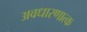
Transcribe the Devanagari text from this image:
अवधारणात्क